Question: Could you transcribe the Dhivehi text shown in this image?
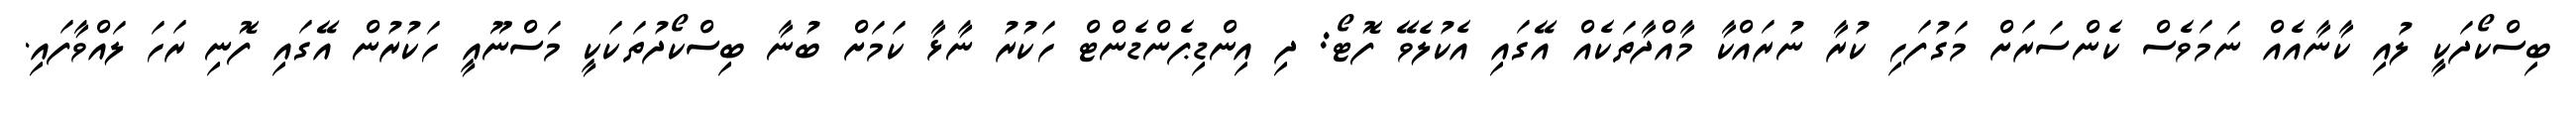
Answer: ބިސްކޯދަކީ ލުއި ކާނާއެއް ނަމަވެސް ކެންސަރަށް މަގުފަހި ކުރާ ނުރައްކާ މާއްދާތަކެއް އޭގައި އެކުލެވޭ ފޮޓޯ: ދި އިންޑިޕެންޑެންޓް ހަކުރު ނާޅާ ކަމަށް ބުނާ ބިސްކޯދުތަކަކީ މަސްނޫއީ ހަކުރުން އޭގައި ފޮނި ރަހަ ލައްވާފައި.